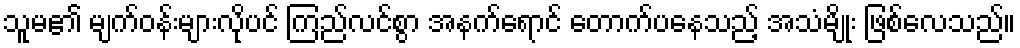
သူမ၏ မျက်ဝန်းများလိုပင် ကြည်လင်စွာ အနက်ရောင် တောက်ပနေသည့် အသံမျိုး ဖြစ်လေသည်။